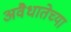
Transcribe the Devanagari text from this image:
अवैधातेच्या